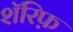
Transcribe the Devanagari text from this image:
शॅरिफ़